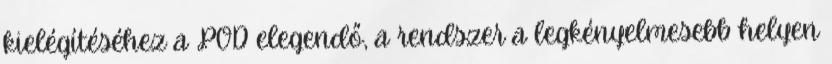
kielégítéséhez a POD elegendő, a rendszer a legkényelmesebb helyen